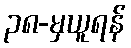
၃၈-မှယူရန်